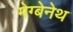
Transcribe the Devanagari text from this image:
मेग्बेनेथ